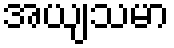
အယျသမာ